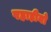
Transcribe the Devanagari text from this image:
पहाड़ीयो